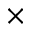
\times